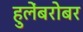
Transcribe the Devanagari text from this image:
हुलेंबरोबर